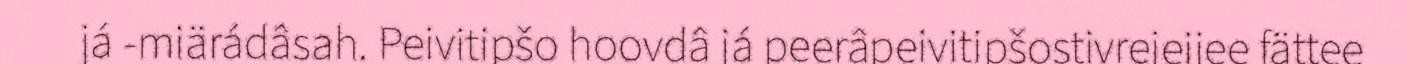
já -miärádâsah. Peivitipšo hoovdâ já peerâpeivitipšostivrejeijee fättee